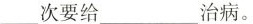
__次要给________治病。